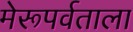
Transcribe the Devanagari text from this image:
मेरूपर्वताला